Juri_Uluots, lk 27
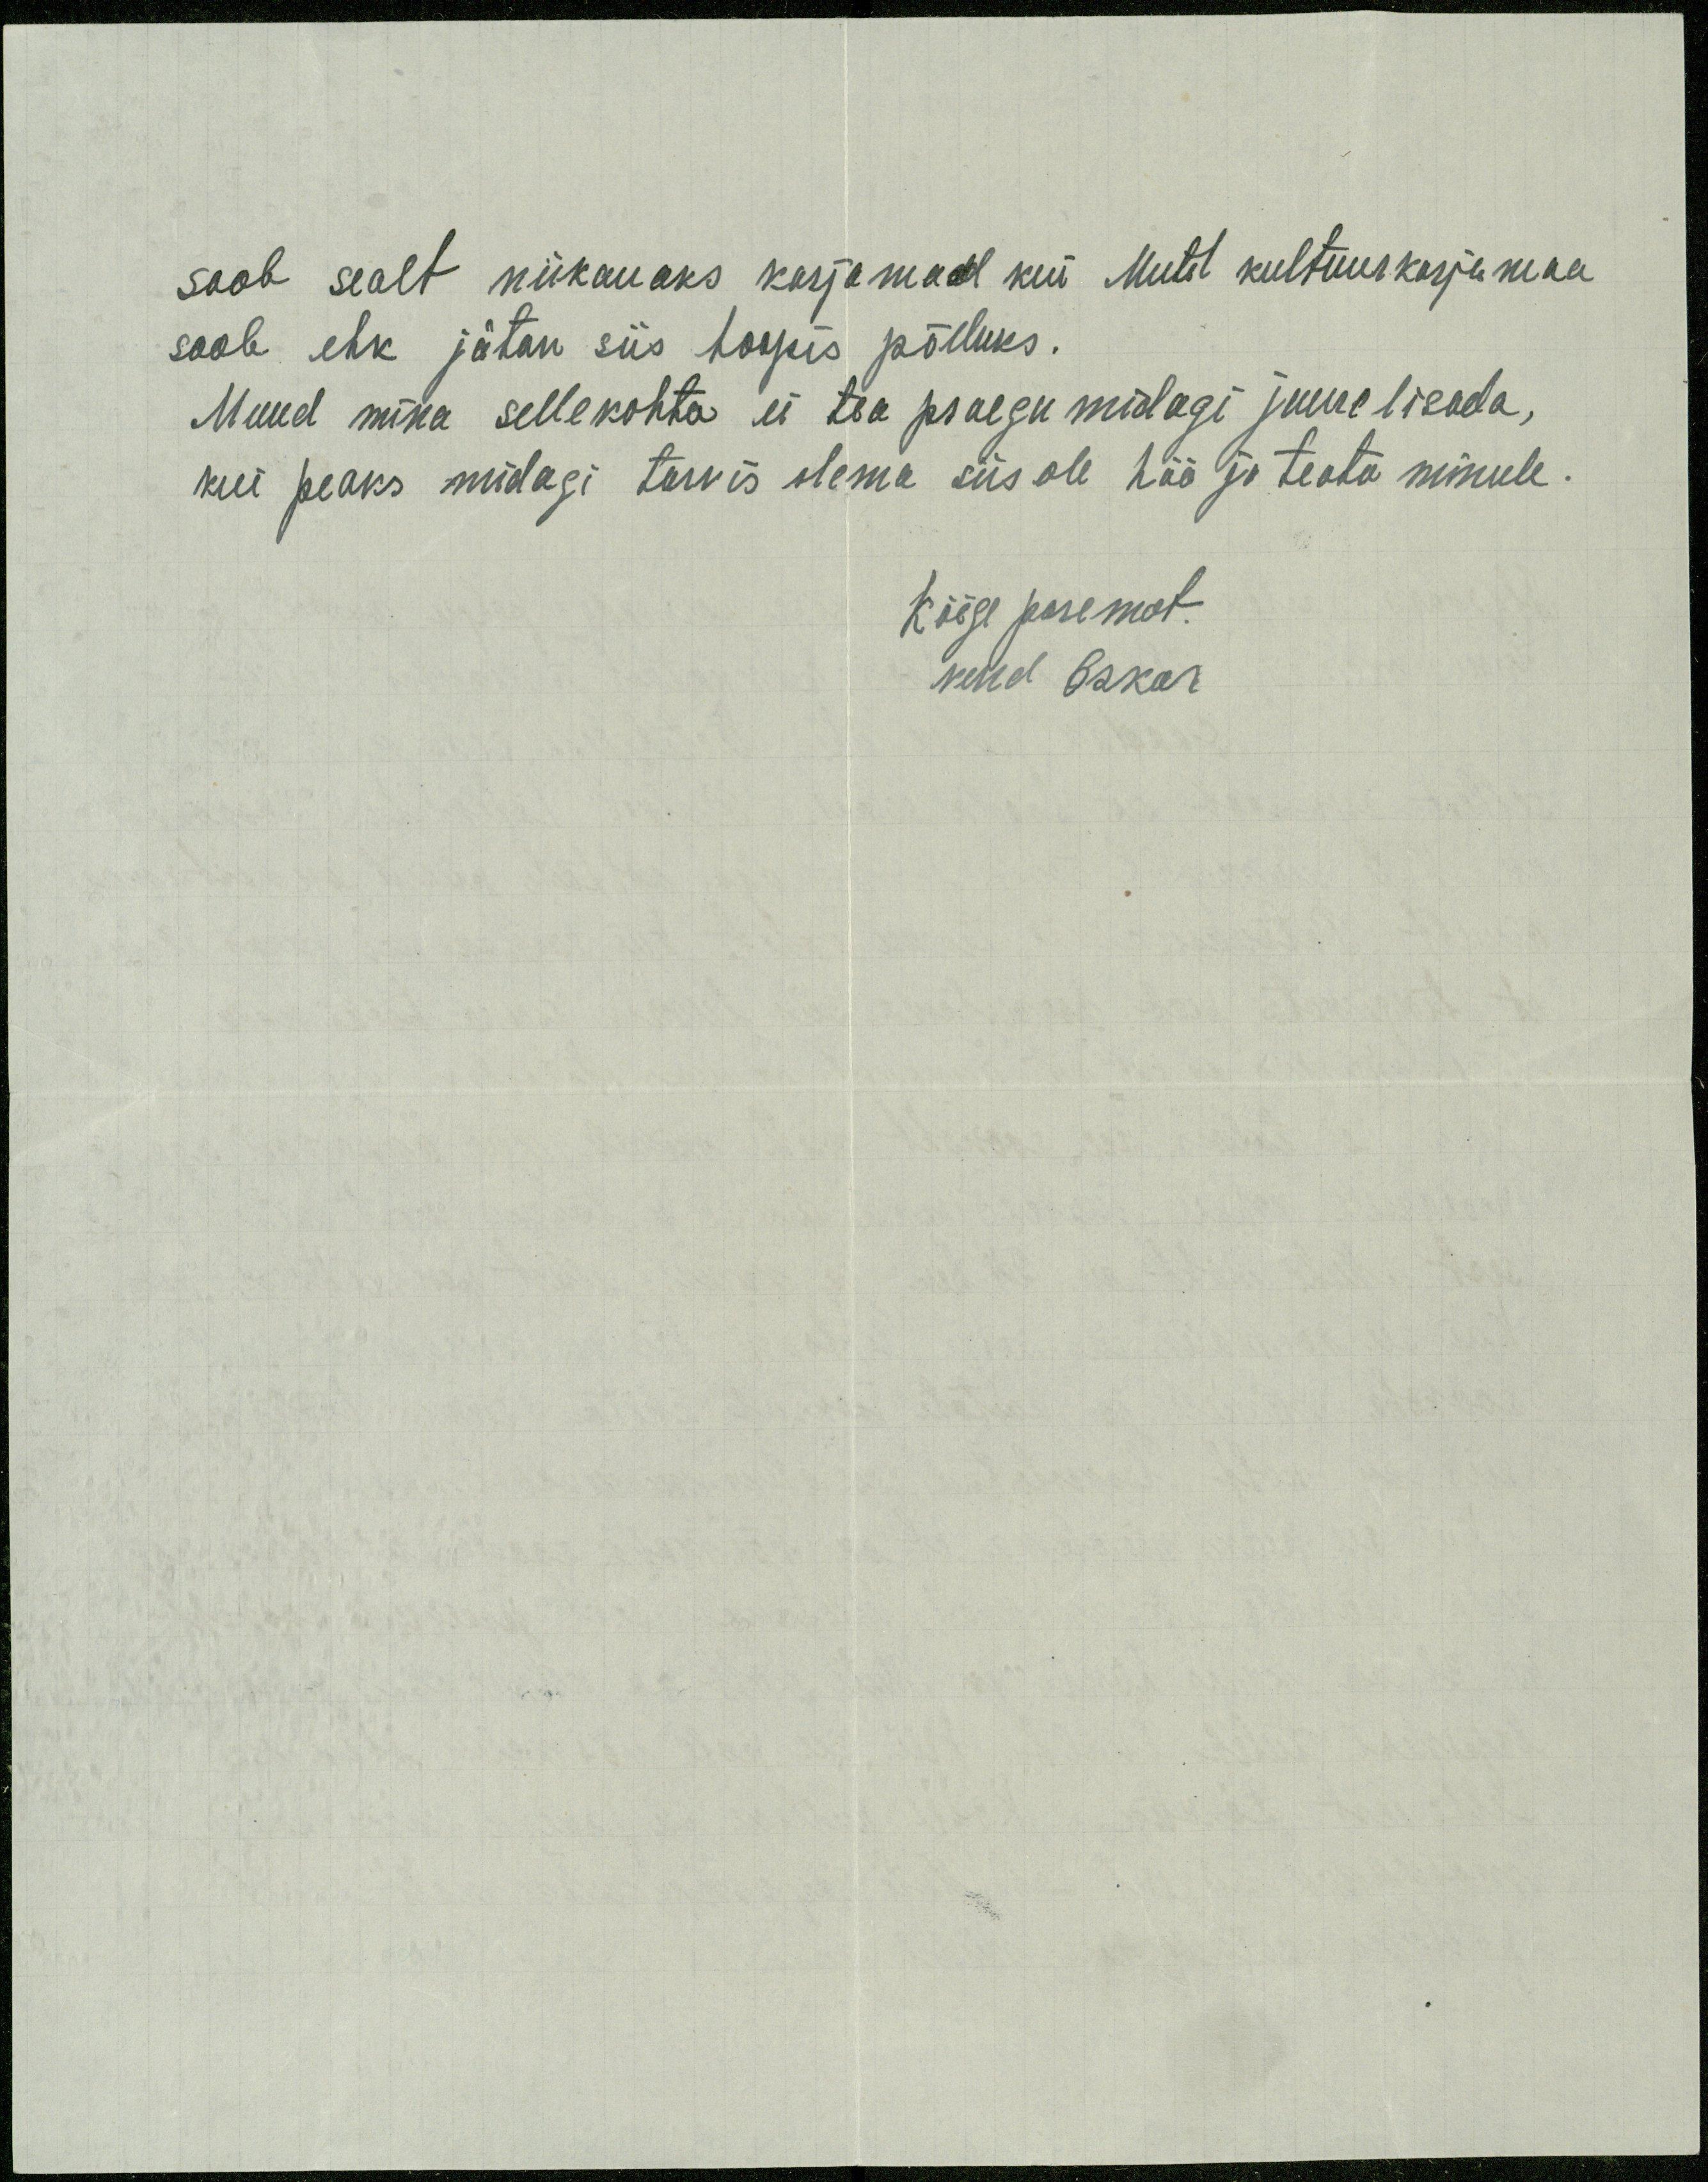
saab sealt niikauaks karjamaad kui Mutil kultuurkarjamaa
saab ehk jätan siis hoopis põlluks.
Muud mina sellekohta ei tea praegu midagi juure lisada,
kui peaks midagi tarvis olema siis ole hää ja teata minule.
Kõige paremat.
vend Oskar